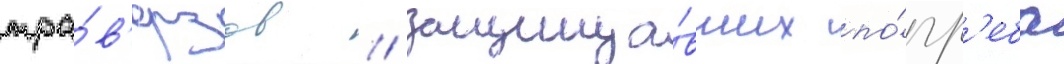
тра́в'ерзов / защища́вших по́гр'еба